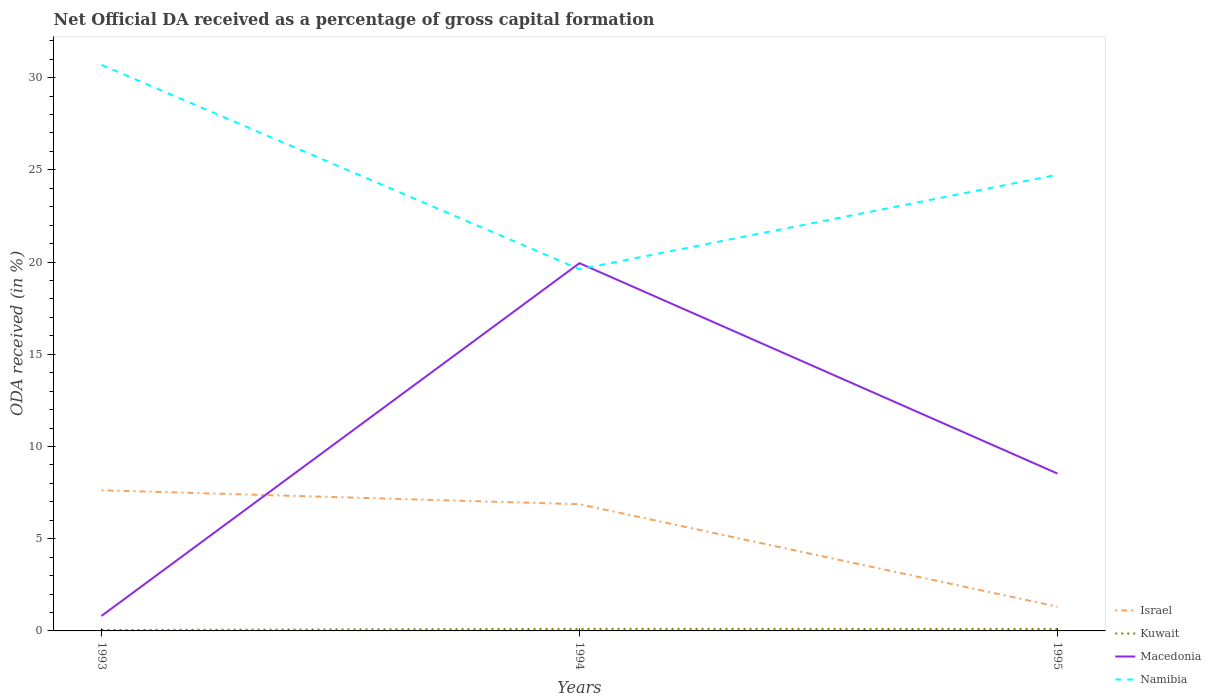
| Years | Israel | Kuwait | Macedonia | Namibia |
 | --- | --- | --- | --- | --- |
 | 1993 | 7.63 | 0.0493 | 0.814 | 30.7 |
 | 1994 | 6.87 | 0.111 | 19.9 | 19.6 |
 | 1995 | 1.31 | 0.105 | 8.53 | 24.7 |